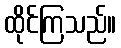
ထိုင်ကြသည်။